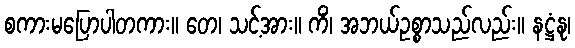
စကားမပြောပါတကား။ တေ၊ သင့်အား။ ကိံ၊ အဘယ်ဥစ္စာသည်လည်း။ နဋ္ဌံနု၊